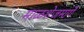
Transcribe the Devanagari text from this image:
माळशेजमार्गे